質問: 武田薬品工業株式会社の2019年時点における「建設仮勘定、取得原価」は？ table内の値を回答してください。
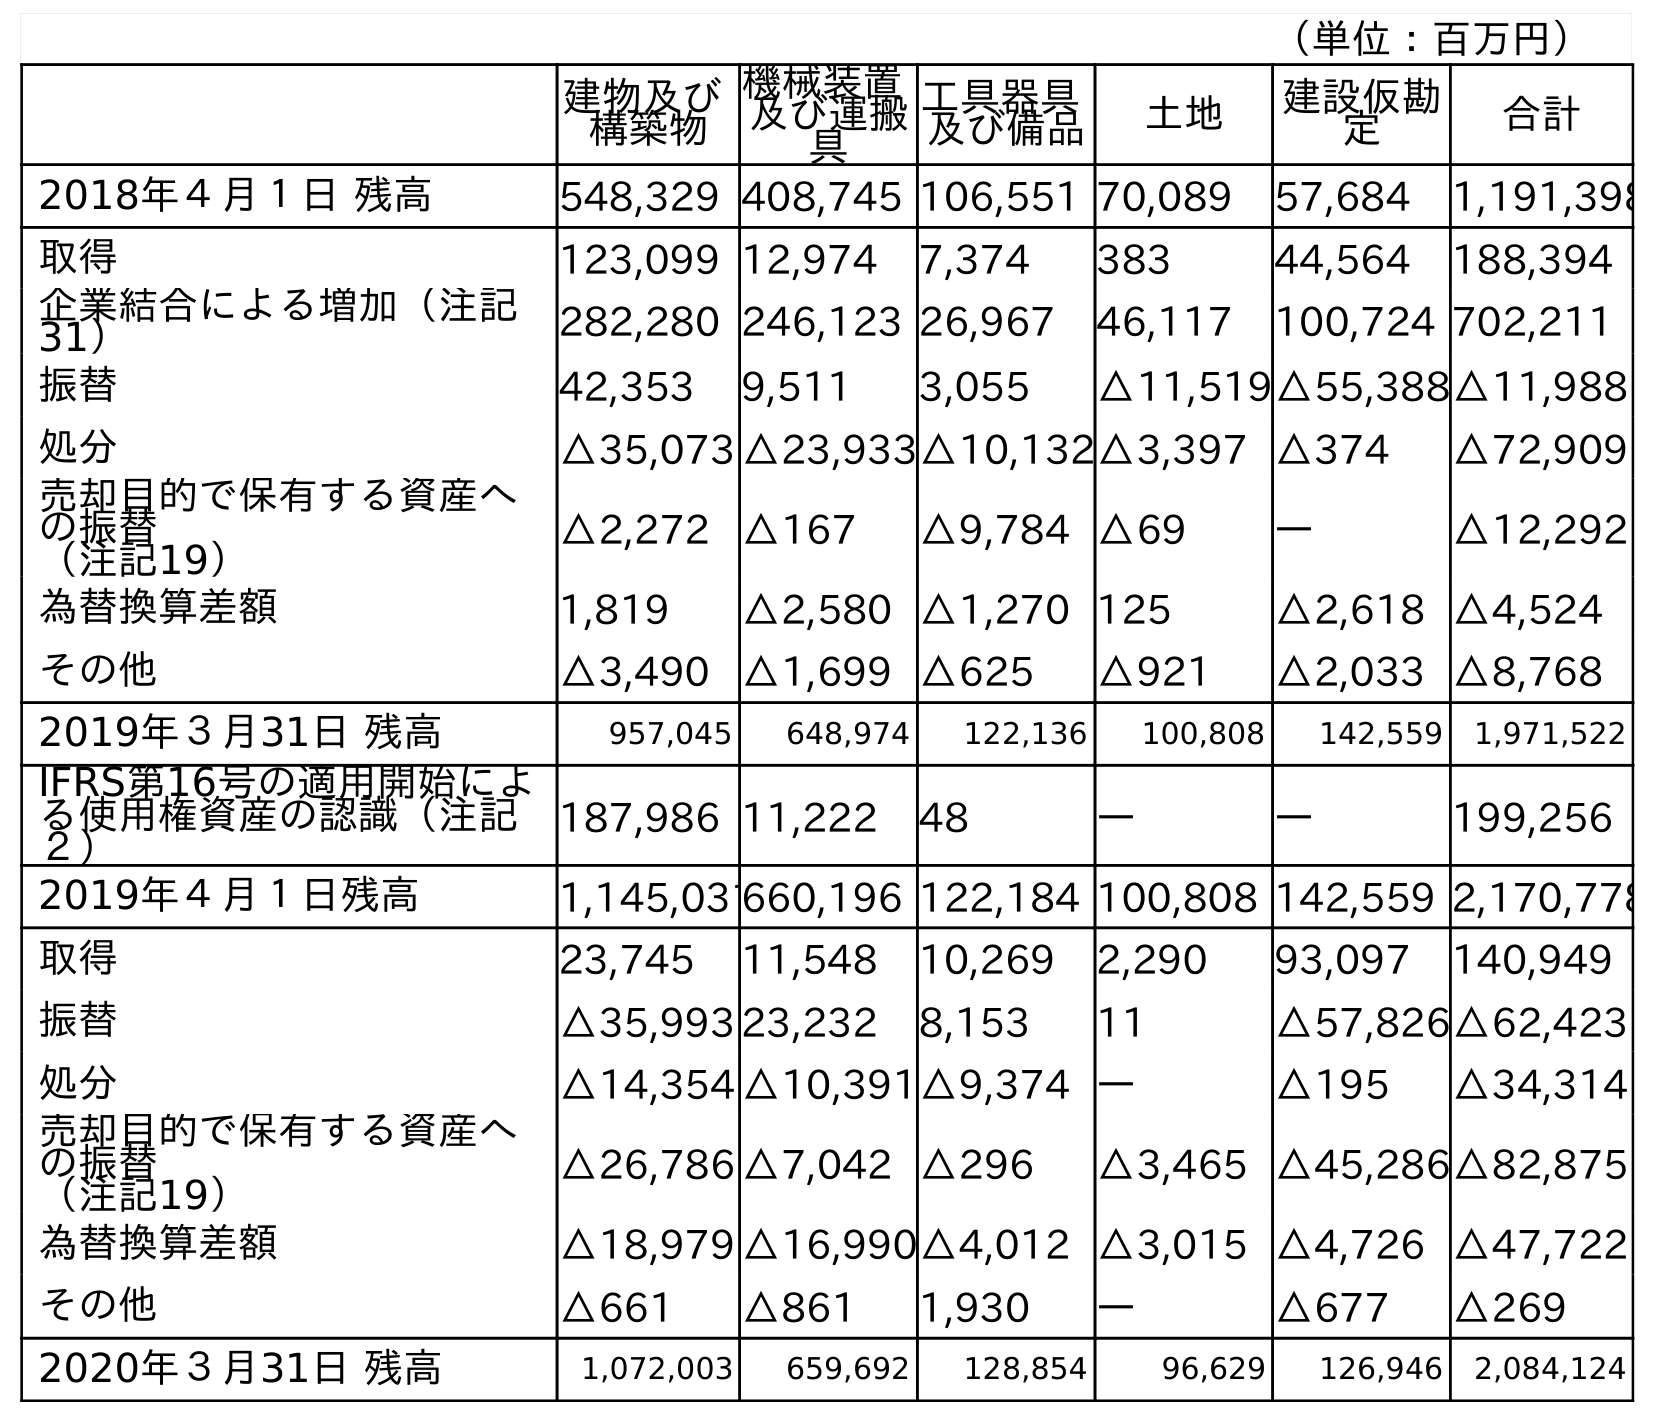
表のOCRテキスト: （単位：百万円） 建物及び 構築物 機械装置 及び運搬 具 工具器具 及び備品 土地 建設仮勘 定 合計 2018年４月１日 残高 548,329 408,745 106,551 70,089 57,684 1,191,398 取得 123,099 12,974 7,374 383 44,564 188,394 企業結合による増加（注記 31） 282,280 246,123 26,967 46,117 100,724 702,211 振替 42,353 9,511 3,055 △11,519△55,388△11,988 処分 △35,073 △23,933△10,132△3,397 △374 △72,909 売却目的で保有する資産へ の振替 （注記19） △2,272 △167 △9,784 △69 ― △12,292 為替換算差額 1,819 △2,580 △1,270 125 △2,618 △4,524 その他 △3,490 △1,699 △625 △921 △2,033 △8,768 2019年３月31日 残高 957,045 648,974 122,136 100,808 142,559 1,971,522 IFRS第16号の適用開始によ る使用権資産の認識（注記 ２） 187,986 11,222 48 ― ― 199,256 2019年４月１日残高 1,145,031660,196 122,184 100,808 142,559 2,170,778 取得 23,745 11,548 10,269 2,290 93,097 140,949 振替 △35,993 23,232 8,153 11 △57,826△62,423 処分 △14,354 △10,391△9,374 ― △195 △34,314 売却目的で保有する資産へ の振替 （注記19） △26,786 △7,042 △296 △3,465 △45,286△82,875 為替換算差額 △18,979 △16,990△4,012 △3,015 △4,726 △47,722 その他 △661 △861 1,930 ― △677 △269 2020年３月31日 残高 1,072,003 659,692 128,854 96,629 126,946 2,084,124
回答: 142,559